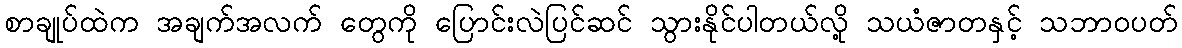
စာချုပ်ထဲက အချက်အလက် တွေကို ပြောင်းလဲပြင်ဆင် သွားနိုင်ပါတယ်လို့ သယံဇာတနှင့် သဘာဝပတ်